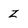
Character: z